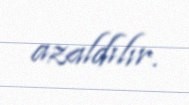
azaldılır.